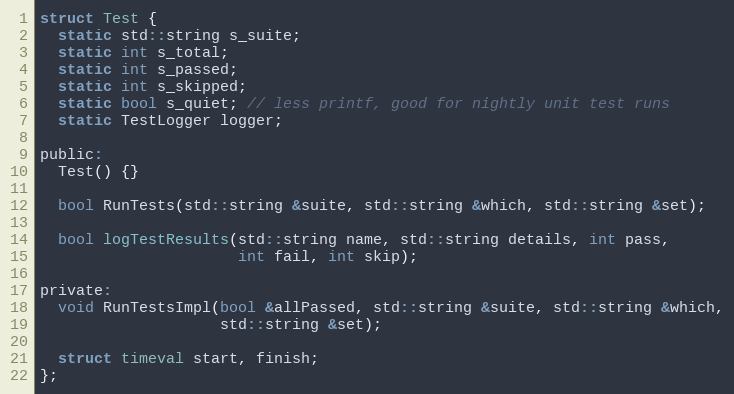
Language: C
struct Test {
  static std::string s_suite;
  static int s_total;
  static int s_passed;
  static int s_skipped;
  static bool s_quiet; // less printf, good for nightly unit test runs
  static TestLogger logger;

public:
  Test() {}

  bool RunTests(std::string &suite, std::string &which, std::string &set);

  bool logTestResults(std::string name, std::string details, int pass,
                      int fail, int skip);

private:
  void RunTestsImpl(bool &allPassed, std::string &suite, std::string &which,
                    std::string &set);

  struct timeval start, finish;
};